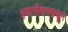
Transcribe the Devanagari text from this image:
हजारीबागपासून